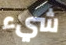
شيء